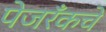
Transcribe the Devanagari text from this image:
पेजरँकचे